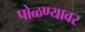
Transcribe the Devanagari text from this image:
पोळण्यावर